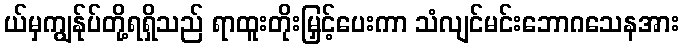
ယ်မှကျွန်ုပ်တို့ရရှိသည် ရာထူးတိုးမြှင့်ပေးကာ သံလျင်မင်းဘောဂသေနအား